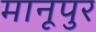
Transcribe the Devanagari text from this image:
मानूपुर